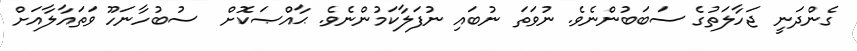
ގެންދަނީ ޖަހާލަތުގެ ސަބަބުންނެވެ. ނުވަތަ ނުބައި ނުފަލާކަމުންނެވެ. ޙާއްޞަކޮށް  ސުބުހާނަހޫ ވަތައާލާއަށް